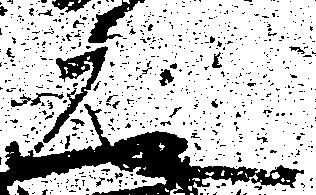
元